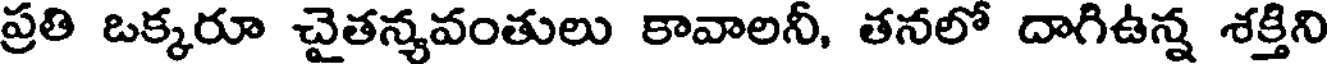
ప్రతి ఒక్కరూ చైతన్యవంతులు కావాలనీ, తనలో దాగిఉన్న శక్తిని